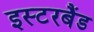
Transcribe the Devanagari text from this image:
इस्टरबैंड